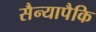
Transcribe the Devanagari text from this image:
सैन्यापैकि